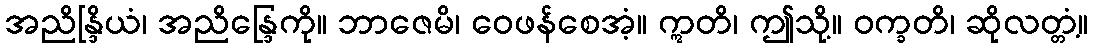
အညိန္ဒြိယံ၊ အညိန္ဒြေကို။ ဘာဇေမိ၊ ဝေဖန်စေအံ့။ ဣတိ၊ ဤသို့။ ဝက္ခတိ၊ ဆိုလတ္တံ့။